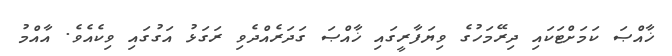
ޚާއްޞަ ކަމަށްޓަކައި ދިރޭމަހުގެ ވިޔަފާރީގައި ޚާއްޞަ ގަދަރެއްދެވި ރަގަޅު އަގުގައި ވިކެއެވެ. އާއްމު